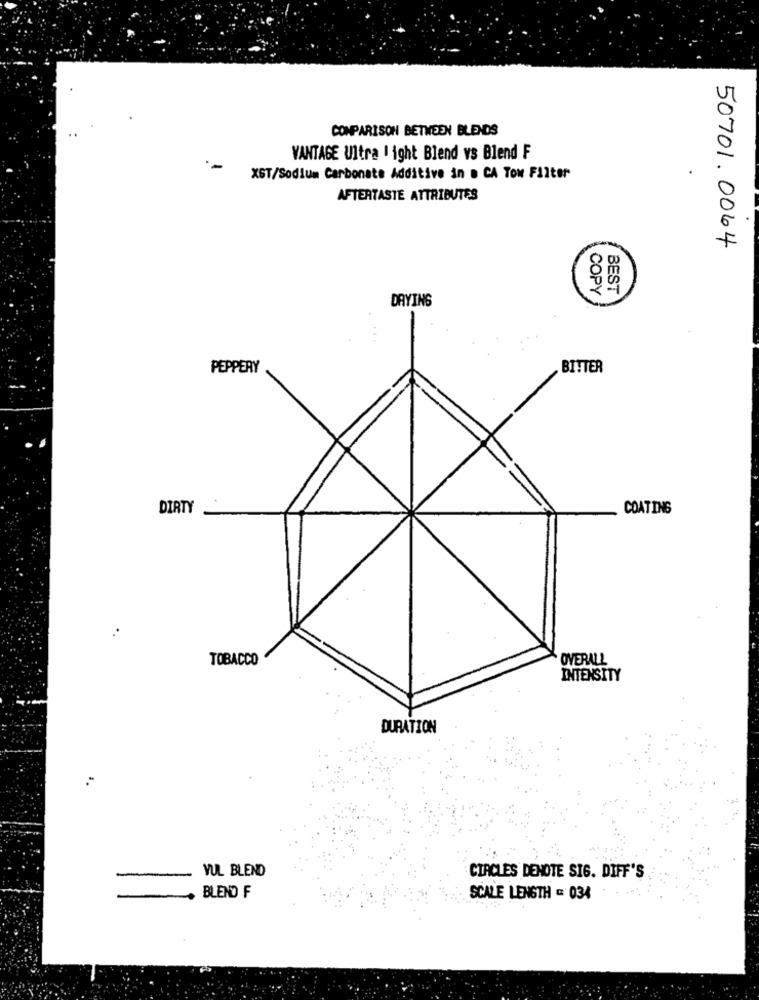
COMPARISON BETWEEN BLENDS
VANTAGE Ultra light Blend vs Blend F
XGT/Sodium Carbonate Additive in . CA Tow Filter
AFTERTASTE ATTRIBUTES
50701. 0064
BEST
DAYING
COPY
PEPPERY
BITTER
DIRTY
COATING
..
TOBACCO
OVERALL
INTENSITY
DURATION
YUL BLEND
CIRCLES DENOTE SIG. DIFF'S
BLEND F
SCALE LENGTH = 034